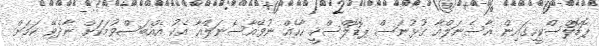
ޕޮޑޮލްސްކީހިގައިން އާސެނަލްއާ ގުޅުނަސް ޕޮޑޮލްސްކީ ހާހެއް ނުވޭއާސެނަލްއާ އެކު އެއްބަސްވުމަކަށް ނާދެވޭ ކަމަށް